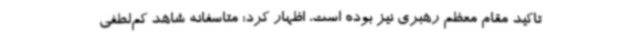
تاکید مقام معظم رهبری نیز بوده است، اظهار کرد: متاسفانه شاهد کم‌لطفی